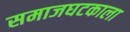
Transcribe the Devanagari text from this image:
समाजघटकाला